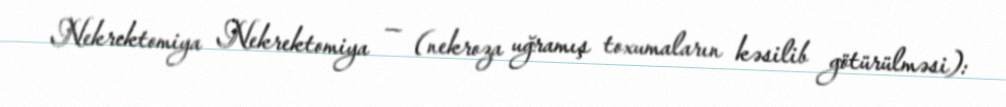
Nekrektomiya Nekrektomiya — (nekroza uğramış toxumaların kəsilib götürülməsi):